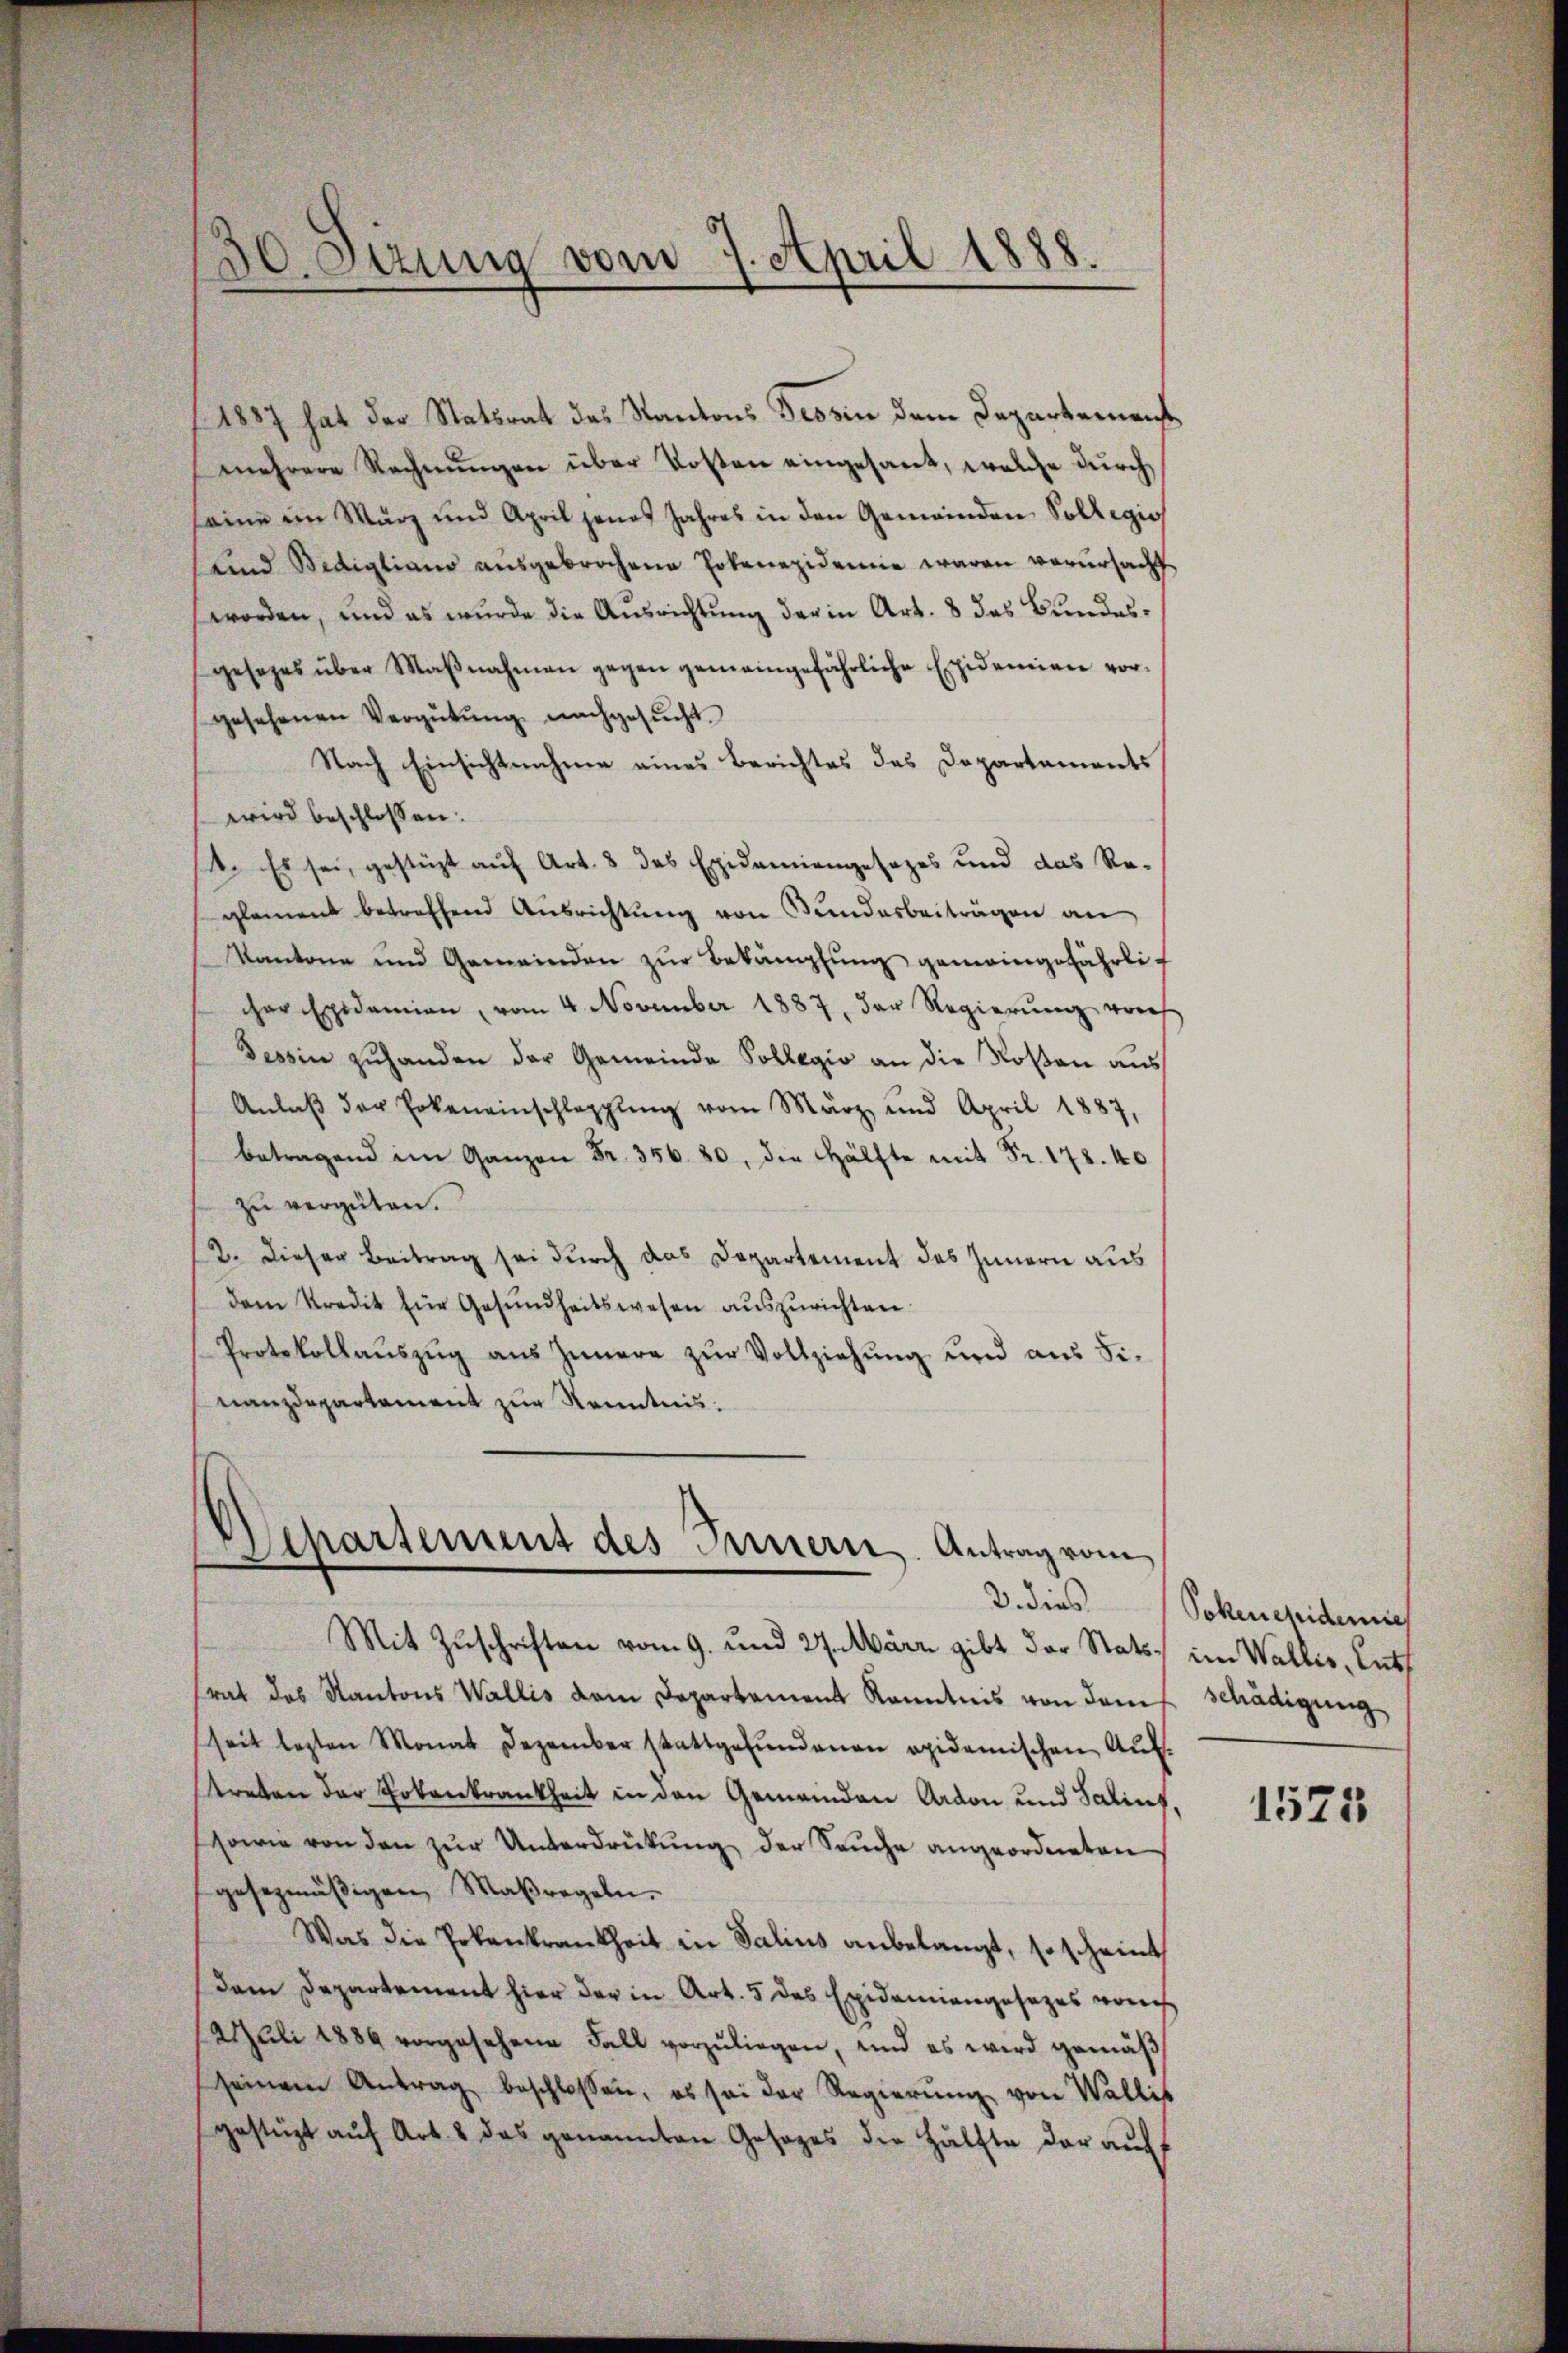
30
tzung vom 7. April 1888.

1887 hat der Statsrat des Kantons Tessin dem Departement
mehrere Rechnŭngen über Kosten eingesant, welche durch
seine im März und April jenes Jahres in den Gemeinden Sollegio
und Bediglians ausgebrochene Pokenezidemie waren verursacht
worden, und es wurde die Ausrichtung der in Art. 8 das Bundesgesezes über Maβnahmen gegen gemeingefährliche Epidemiae vor-
gesehenen Vergütŭng nachgesŭcht.
Nach Einsichtnahme eines Berichtes des Departements
wird beschlossen:
4. Es sei, gestüzt auf Art. 8 das Epidemiengesetzes und das Re-
glement betreffend Ausrichtŭng von Bundesbeiträgen an
Kantone und Gemeinden zŭr Bekämpfung gemeingefährlif
er Epidemien, vom 4. November 1887 der Regierŭng von
Tessin zŭ handen der Gemeinde Sollegio an die Rosen aus
Anlaβ der Erkeneinschlappling vom März und April 1887,
betragend im Ganzen Fr. 356. 80, die Hälfte mit Fr. 178. 40
zŭ vergüten.
12. Dieser Beitrag sei durch das Departement des Innern aus
dem Kredit für Gesŭndheitswesen auszurichten.
Protokollaŭszŭg aŭs Innern zŭr Vollziehŭng und aŭs Fi-
nanzdepartement zur Kenntnis.

Mit Zuschriften vom 9. und 27. März gibt der Stats, im Wallis, Ents
srat des Kantons Wallis dem Departement Kenntnis von dem schädigung
seit lezten Monat Dezember stattgefŭndenen apidemischen Auf-
treten der Totenkrankheit in den Gemeinden Ardon und Salins
sowie von den zŭr Unterdrükŭng der Sache angeordneten
gesezmäßigen Maßregeln.
Was die Erkenkrankheit in Salins anbelangt, so scheint
dem Departement hier der in Art. 5 des Epidemiengesezes vorh
Auli 1889 vorgesehene Fall vorzuliegen, und es wird gemäß
seinem Antrag beschlossen, es sei der Regierŭng von Wallis
gestüzt auf Art. 2 das genannten Gesages die Hälfte der auf

Departement des Innern. Antrag vom

3. dies Sokenepidemie

1525